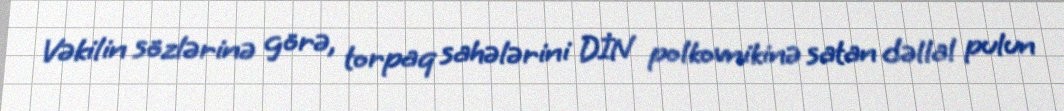
Vəkilin sözlərinə görə, torpaq sahələrini DİN polkovnikinə satan dəllal pulun